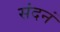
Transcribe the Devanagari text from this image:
संदनं